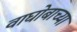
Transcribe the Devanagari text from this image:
वाघोबाच्या